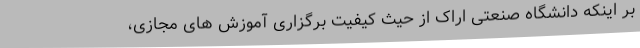
بر اینکه دانشگاه صنعتی اراک از حیث کیفیت برگزاری آموزش های مجازی،